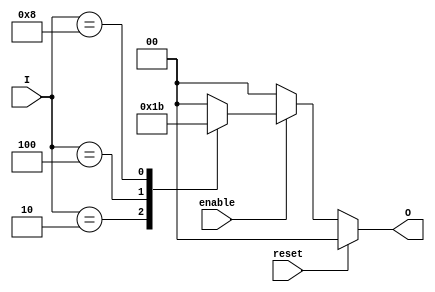
module binary_encoder #(
    parameter n = 4 // Number of input lines
) (
    input [n-1:0] I,    // Input lines
    output reg [1:0] O, // Output lines (2 bits for 4 inputs)
    input enable,       // Encoder enable signal
    input reset         // Reset signal
);

    // Always block to continuously evaluate the inputs
    always @(*) begin
        // Check for reset
        if (reset) begin
            O = 2'b00; // Reset outputs to 00
        end else if (enable) begin
            case (I)
                4'b0001: O = 2'b00; // I0 active
                4'b0010: O = 2'b01; // I1 active
                4'b0100: O = 2'b10; // I2 active
                4'b1000: O = 2'b11; // I3 active
                default: O = 2'b00; // No active input or multiple active inputs
            endcase
        end else begin
            O = 2'b00; // If not enabled, output is 00
        end
    end
endmodule